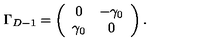
\Gamma _ { D - 1 } = \left( \begin{array} { c c } { 0 } & { - \gamma _ { 0 } } \\ { \gamma _ { 0 } } & { 0 } \\ \end{array} \right) .